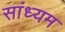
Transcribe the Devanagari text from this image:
सांध्यम